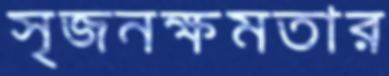
সৃজনক্ষমতার